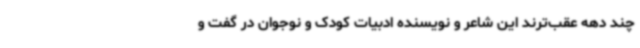
چند دهه عقب‌ترند این شاعر و نویسنده ادبیات کودک و نوجوان در گفت و